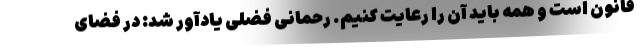
قانون است و همه باید آن را رعایت کنیم. رحمانی فضلی یادآور شد: در فضای